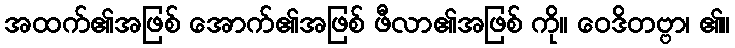
အထက်၏အဖြစ် အောက်၏အဖြစ် ဖီလာ၏အဖြစ် ကို။ ဝေဒိတဗ္ဗာ၊ ၏။